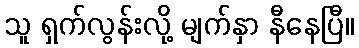
သူ ရှက်လွန်းလို့ မျက်နှာ နီနေပြီ။